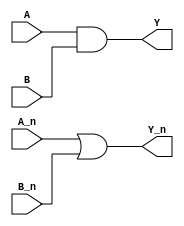
module wddl_and ( A, A_n, B, B_n, Y, Y_n );
    input A, A_n;
    input B, B_n;
    output Y, Y_n;

    assign Y = A & B;
    assign Y_n = A_n | B_n;

    endmodule